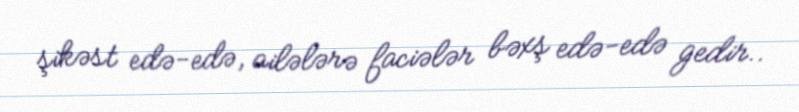
şikəst edə-edə, ailələrə faciələr bəxş edə-edə gedir..